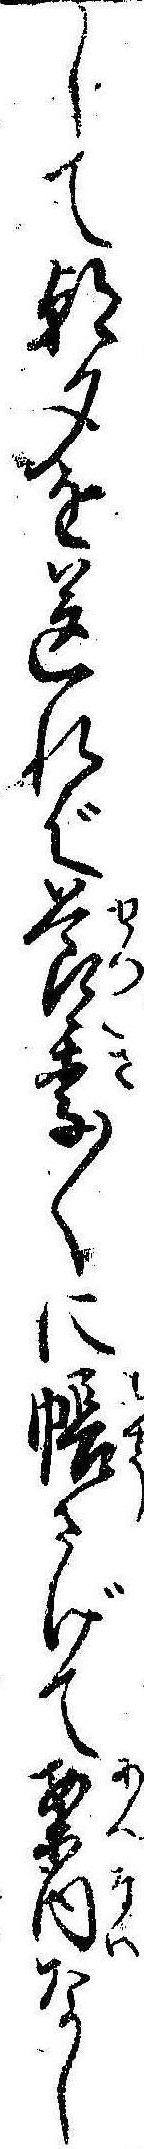
して朝夕を送れば節季〱に帳さげて案内なし